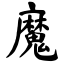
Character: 魔